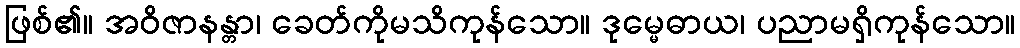
ဖြစ်၏။ အဝိဇာနန္တာ၊ ခေတ်ကိုမသိကုန်သော။ ဒုမ္မေဓာယ၊ ပညာမရှိကုန်သော။